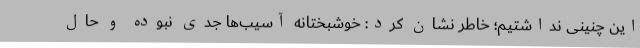
این چنینی نداشتیم؛ خاطر نشان کرد: خوشبختانه آسیب‌ها جدی نبوده و حال